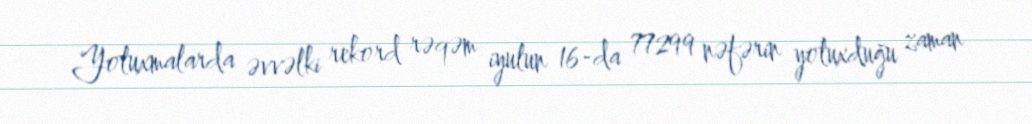
Yoluxmalarda əvvəlki rekord rəqəm iyulun 16-da 77299 nəfərin yoluxduğu zaman